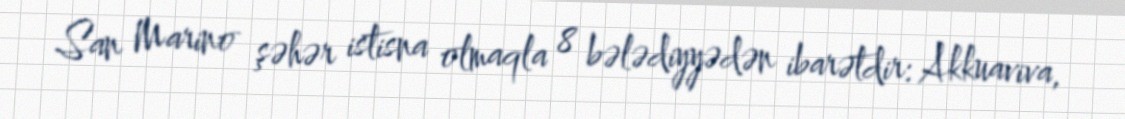
San Marino şəhər istisna olmaqla 8 bələdiyyədən ibarətdir: Akkuaviva,